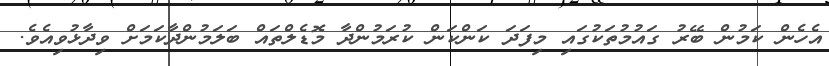
އެހެން ކަމުން ބޭރު ގައުމުތަކުގައި މިފަދަ ކަންކަން ކުރަމުންދާ މޮޑެލްތައް ބަލަމުންދާކަމަށް ވިދާޅުވިއެވެ.